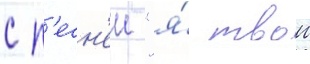
с п'есн'еи "я́ твои